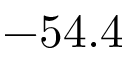
- 5 4 . 4